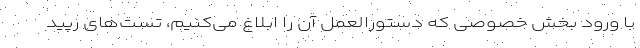
با ورود بخش خصوصی که دستورالعمل آن را ابلاغ می‌کنیم، تست‌های رپید